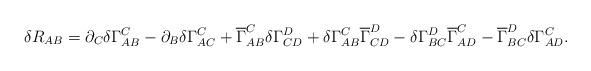
LaTeX: \begin{align*}\delta R_{AB} = \partial_{C} \delta \Gamma_{A B}^{C} - \partial_{B} \delta \Gamma_{A C}^{C} + \overline{\Gamma}_{A B}^{C} \delta \Gamma_{ C D}^{D} + \delta\Gamma_{A B}^{C} \overline{\Gamma}_{ C D}^{D}- \delta\Gamma_{B C}^{D} \overline{\Gamma}_{A D}^{C} - \overline{\Gamma}_{B C}^{D} \delta\Gamma_{A D}^{C}. \end{align*}